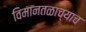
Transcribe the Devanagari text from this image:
विमानतळाच्याच